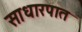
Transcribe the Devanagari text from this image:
साधारपात